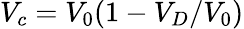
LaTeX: V_{c}=V_{0}(1-{V_{D}/V_{0}})